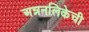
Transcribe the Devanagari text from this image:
अन्ननलिकेची